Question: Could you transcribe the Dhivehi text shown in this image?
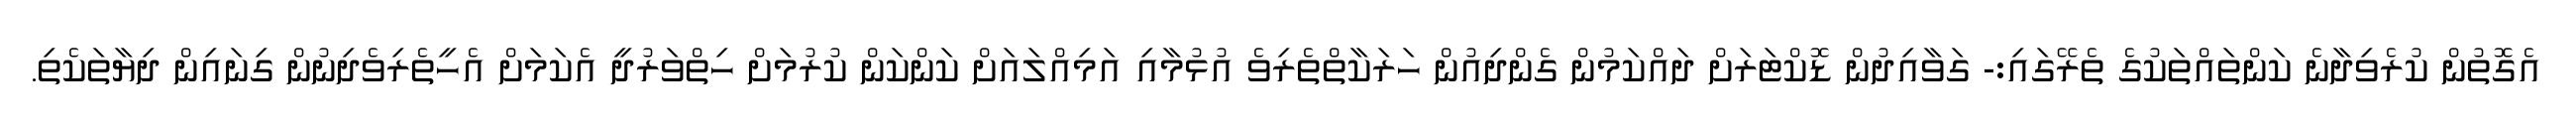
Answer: އެގޮތުން ކުރެވިދާނެ ކަންތައްތަކުގެ ތެރޭގައި:- ގަވާއިދުން ޑޮކްޓަރަށް ދައްކަމުން ގެންދިއުން ހަރަކާތްތެރިވެ އުޅުމާއި އަމިއްލައަށް ކަންކަން ކުރުމަށް ހިތްވަރުދީ އެކަމަށް އެހީތެރިވެދިނުން ގިނައިން ދިޔާތަކެތި.